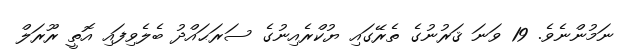
ނަމުންނެވެ. 19 ވަނަ ޤަރުނުގެ ތެރޭގައި ޔުކްރެއިނުގެ ސަރަޙައްދު ބެލެވިފައި އޮތީ ރޫރަލް